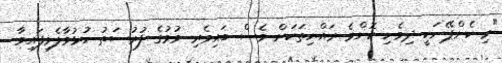
"މި ކެންޕޭނަކީ ދިވެހި ކޮންމެ ރައްޔިތަކަށް ވެސް ބައިވެރި ވުމުގެ ފުރުސަތު ހުޅުވާލެވިފައިވާ